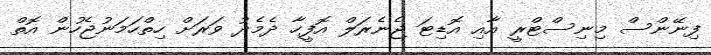
ފިނޭންސް މިނިސްޓްރީ އާއި އޮޑިޓަ ޖެނެރަލް އޮފީހާ ދެމެދު ވަރަށް ހިތްހަމަނުޖެހުން އޮތް